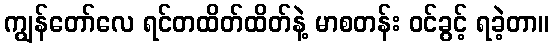
ကျွန်တော်လေ ရင်တထိတ်ထိတ်နဲ့ မာစတန်း ဝင်ခွင့် ရခဲ့တာ။